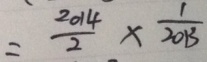
= \frac { 2 0 1 4 } { 2 } \times \frac { 1 } { 2 0 1 3 }